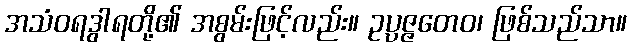
အသံဝရဒွါရတို့၏ အစွမ်းဖြင့်လည်း။ ဥပ္ပဇ္ဇတေဝ၊ ဖြစ်သည်သာ။